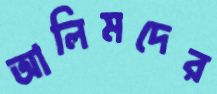
আলিমদের